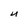
Character: U